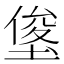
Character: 𭏓